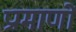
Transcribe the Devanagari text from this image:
प्रामाणों